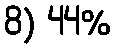
8) 44%